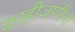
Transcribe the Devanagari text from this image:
काहीजणींना